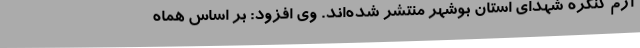
آرم کنگره شهدای استان بوشهر منتشر شده‌اند. وی افزود: بر اساس هماه